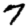
Digit: 7